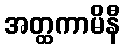
အတ္ထကာမိနီ